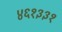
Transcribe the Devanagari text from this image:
४६१३३१